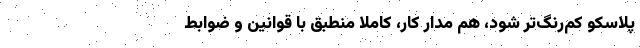
پلاسکو کم‌رنگ‌تر شود، هم مدار کار، کاملاً منطبق با قوانین و ضوابط